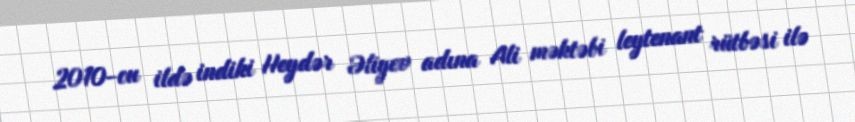
2010-cu ildə indiki Heydər Əliyev adına Ali məktəbi leytenant rütbəsi ilə